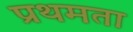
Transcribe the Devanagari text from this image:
प्रथमता